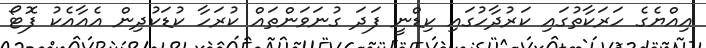
އިއްޔެގެ ހަރަކާތުގައި ކަރުދާހުގައި ކިޑްނީ ފަދަ ގުނަވަންތައް ކުރަހާ ކުޑަކުދިން އެއާއެކު ފޮޓޯ